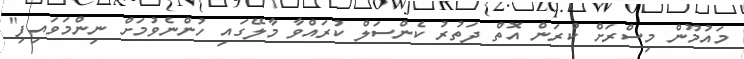
މައުމޫން މިސްރަށް ކުރަން އޮތް ދަތުރު ކެންސަލް ކުރައްވާ މާލޭގައި ހުންނެވުމަށް ނިންމަވައިފި"